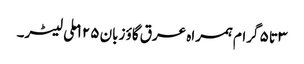
۳ تا ۵ گرام ہمراہ عرق گاؤ زبان ۱۲۵ ملی لیٹر۔